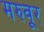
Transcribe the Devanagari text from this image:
मरुवूर